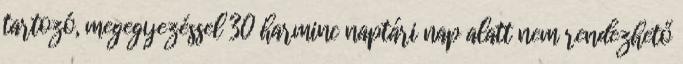
tartozó, megegyezéssel 30 harminc naptári nap alatt nem rendezhető